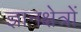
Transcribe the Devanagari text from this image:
ज्ञानक्षेत्रों